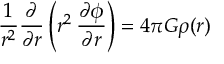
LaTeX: { \frac { 1 } { r ^ { 2 } } } { \frac { \partial } { \partial r } } \left( r ^ { 2 } \, { \frac { \partial \phi } { \partial r } } \right) = 4 \pi G \rho ( r )